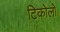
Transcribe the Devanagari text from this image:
टिकोलो